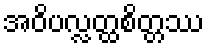
အဝိပလ္လတ္ထစိတ္တဿ